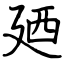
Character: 廼